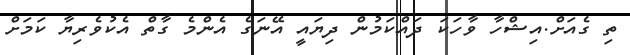
ތި ގެއަށް.އިޝްހާ ވާހަކަ ދައްކަމުން ދިޔައީ އޭނަގެ އެންމެ ގާތް އެކުވެރިޔާ ކަމަށް